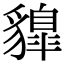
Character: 䝥